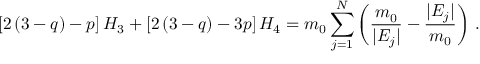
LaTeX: \left[ 2 \left( 3 - q \right) - p \right] H _ { 3 } + \left[ 2 \left( 3 - q \right) - 3 p \right] H _ { 4 } = m _ { 0 } \sum _ { j = 1 } ^ { N } \left( \frac { m _ { 0 } } { \vert E _ { j } \vert } - \frac { \vert E _ { j } \vert } { m _ { 0 } } \right) \, .